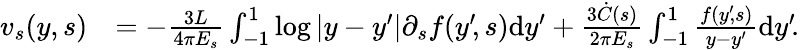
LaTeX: \begin{array}{rl}{v_{s}(y,s)}&{=-\frac{3L}{4\pi E_{s}}\int_{-1}^{1}\log|y-y^{\prime}|\partial_{s}f(y^{\prime}\! ,s)\mathrm{d}y^{\prime}+\frac{3\dot{C}(s)}{2\pi E_{s}}\int_{-1}^{1}\frac{f(y^{\prime}\! ,s)}{y-y^{\prime}}\mathrm{d}y^{\prime}\! .}\end{array}